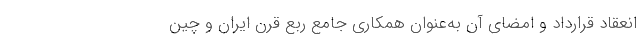
انعقاد قرارداد و امضای آن به‌عنوان همکاری جامع ربع قرن ایران و چین